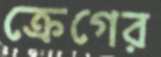
ক্রেগের